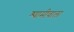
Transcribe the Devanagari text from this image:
श्यामीवाला